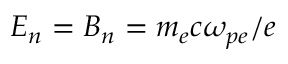
E _ { n } = B _ { n } = m _ { e } c \omega _ { p e } / e